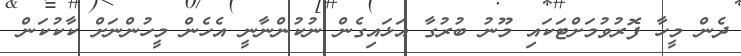
ދެން މީހާ ފޮރުވުމަށްޓަކައި މޫނު ބުރުގާ އަޅައިގެން ނުކުންނާނީ އެހެން މީހުންނަށް ކާކުކަން